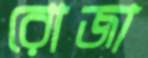
রোজা